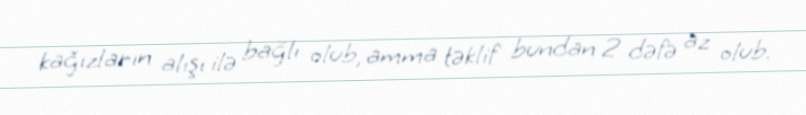
kağızların alışı ilə bağlı olub, amma təklif bundan 2 dəfə az olub.